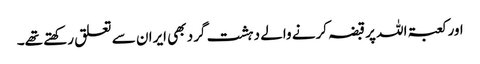
اور کعبۃ اللہ پر قبضہ کرنے والے دہشت گرد بھی ایران سے تعلق رکھتے تھے۔